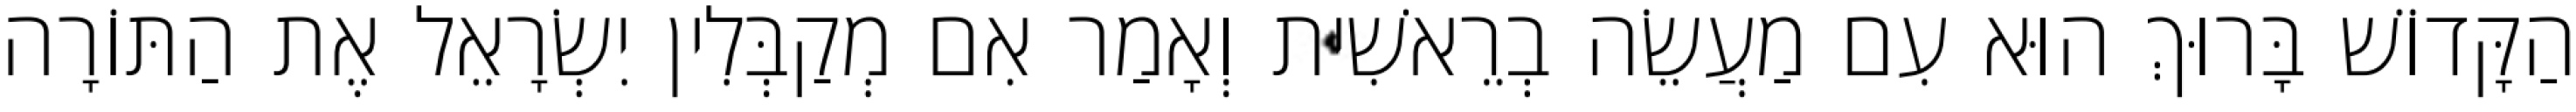
הַקָּדוֹשׁ בָּרוּךְ הוּא עִם מַעֲשֵׂה בְרֵאשִׁית וְאָמַר אִם מְקַבְּלִין יִשְׂרָאֵל אֶת הַתּוֹרָה